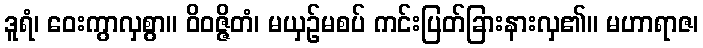
ဒူရံ၊ ဝေးကွာလှစွာ။ ဝိဝဇ္ဇိတံ၊ မယှဉ်မစပ် ကင်းပြတ်ခြားနားလှ၏။ မဟာရာဇ၊